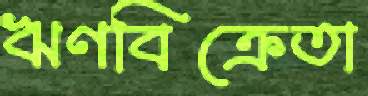
ঋণবিক্রেতা